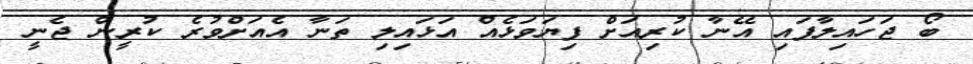
ބޯ ޖަހައިލާފައި އޭނާ ކުރިއަށް ފިޔަވަޅެއް އަޅައިލި ތަނާ އެއަށްވުރެ ކުރީން ޖެނީ